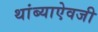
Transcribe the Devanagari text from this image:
थांब्याऐवजी